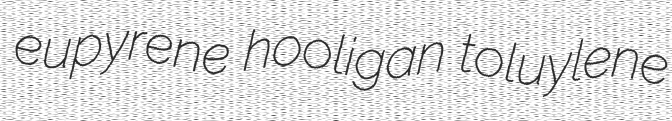
eupyrene hooligan toluylene